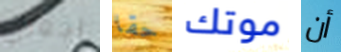
اجعلي حقا موتك أن